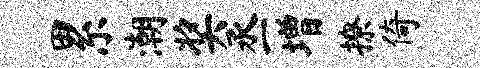
累潮奖丞增撩倚